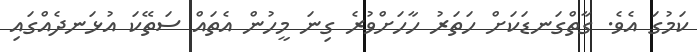
ކަމުގަ އެވެ. ގާތްގަނޑަކަށް ހަތަރު ހާހަށްވުރެ ގިނަ މީހުން އެތައް ސަތޭކަ އުޅަނދެއްގައި